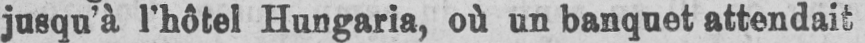
jusqu’à l’hôtel Hungaria, où un banquet attendait